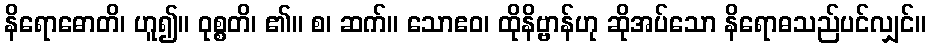
နိရောဓောတိ၊ ဟူ၍။ ဝုစ္စတိ၊ ၏။ စ၊ ဆက်။ သောဧဝ၊ ထိုနိဗ္ဗာန်ဟု ဆိုအပ်သော နိရောဓသည်ပင်လျှင်။